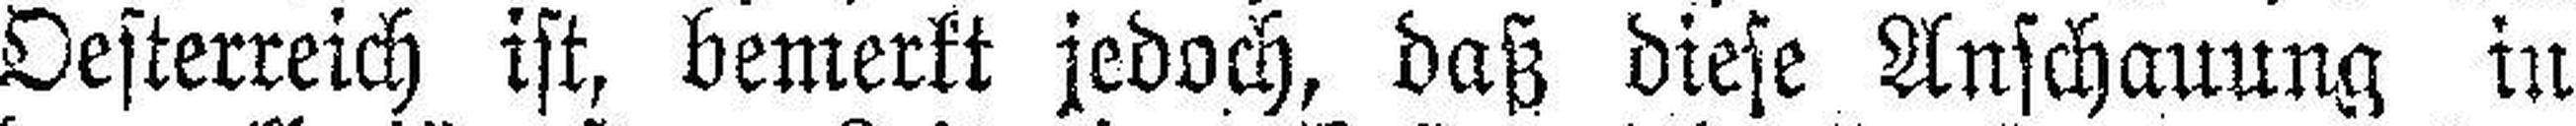
Oesterreich ist, bemerkt jedoch, daß diese Anschauung in